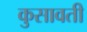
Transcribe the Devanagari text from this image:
कुसावती